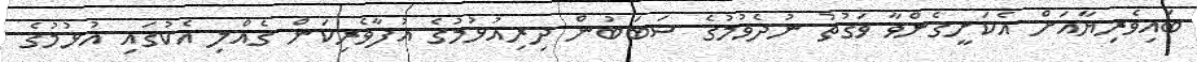
ބައިވެރިޔާއަށް އެކަށީގެންވާ ވަގުތު ނުދެވުމުގެ ސަބަބުން ދިރިއުޅުމުގެ އުފާވެރިކަން ގެއްލި އެކުގައި އުޅުމުގެ